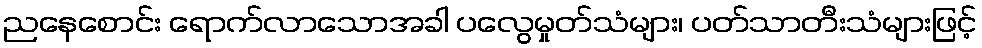
ညနေစောင်း ရောက်လာသောအခါ ပလွေမှုတ်သံများ၊ ပတ်သာတီးသံများဖြင့်